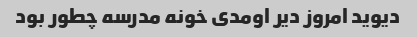
دیوید امروز دیر اومدی خونه مدرسه چطور بود